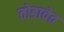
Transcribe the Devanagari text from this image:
तोडावेत